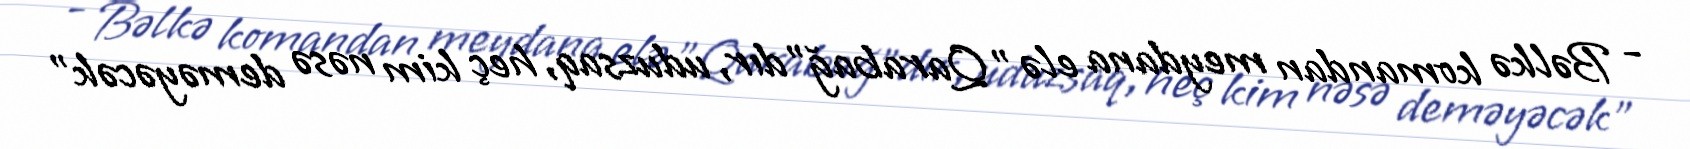
- Bəlkə komandan meydana elə "Qarabağ"dır, uduzsaq, heç kim nəsə deməyəcək"